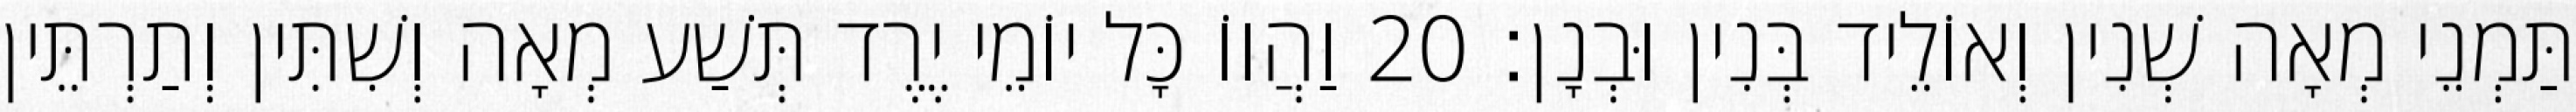
תַּמְנֵי מְאָה שְׁנִין וְאוֹלֵיד בְּנִין וּבְנָן׃ 20 וַהֲווֹ כָּל יוֹמֵי יֶרֶד תְּשַׁע מְאָה וְשִׁתִּין וְתַרְתֵּין